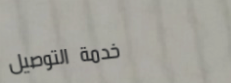
خدمة التوصيل